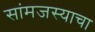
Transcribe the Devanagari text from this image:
सांमजस्याचा